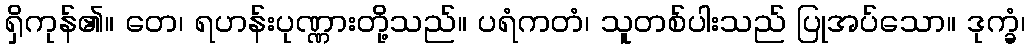
ရှိကုန်၏။ တေ၊ ရဟန်းပုဏ္ဏားတို့သည်။ ပရံကတံ၊ သူတစ်ပါးသည် ပြုအပ်သော။ ဒုက္ခံ၊